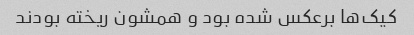
کیک‌ها برعکس شده بود و همشون ریخته بودند